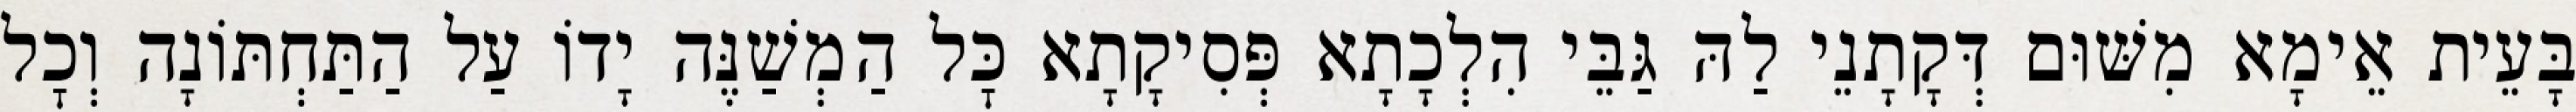
בָּעֵית אֵימָא מִשּׁוּם דְּקָתָנֵי לַהּ גַּבֵּי הִלְכָתָא פְּסִיקָתָא כׇּל הַמְשַׁנֶּה יָדוֹ עַל הַתַּחְתּוֹנָה וְכׇל